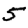
Digit: 5